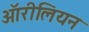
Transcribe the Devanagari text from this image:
ऑरीलियन